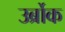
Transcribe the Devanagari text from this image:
उर्ब्रोक